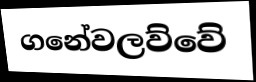
ගනේවලව්වේ